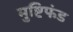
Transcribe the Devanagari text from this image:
मुष्टिफंड